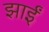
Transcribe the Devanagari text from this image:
झाईं